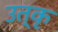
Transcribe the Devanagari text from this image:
उत्कृ